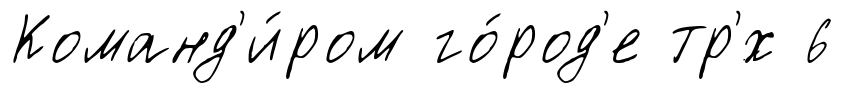
Команд'и́ром го́род'е тр'́х 6